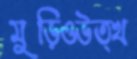
মুড়িওউত্খ